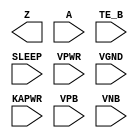
module sky130_fd_sc_lp__busdrivernovlpsleep_3 (
    Z    ,
    A    ,
    TE_B ,
    SLEEP,
    VPWR ,
    VGND ,
    KAPWR,
    VPB  ,
    VNB
);
    output Z    ;
    input  A    ;
    input  TE_B ;
    input  SLEEP;
    input  VPWR ;
    input  VGND ;
    input  KAPWR;
    input  VPB  ;
    input  VNB  ;
    wire nor_teb_SLEEP;
endmodule